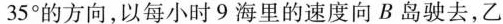
35°的方向，以每小时9海里的速度向B岛驶去，乙